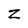
Character: z